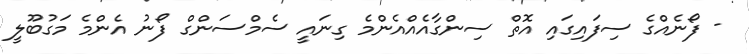
- ފޯނެއްގެ ސިފައިގައި އޮތް ސިންގާއެއްއެންމެ ގިނައީ ސެމްސަންގް ފޯނު އެންމެ މަގުބޫލީ